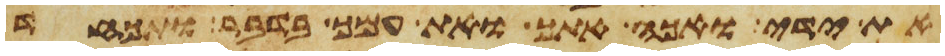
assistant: את ידי ואכה אתך ואת עמך בדבר ותכחד